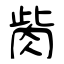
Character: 胔